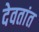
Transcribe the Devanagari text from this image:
देवतांत